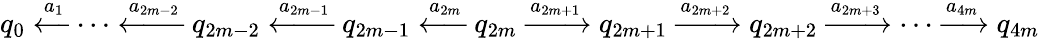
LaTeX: q_{0}\xleftarrow{a_{1}}\cdots\xleftarrow{a_{2m-2}}q_{2m-2}\xleftarrow{a_{2m-1}}q_{2m-1}\xleftarrow{a_{2m}}q_{2m}\xrightarrow{a_{2m+1}}q_{2m+1}\xrightarrow{a_{2m+2}}q_{2m+2}\xrightarrow{a_{2m+3}}\cdots\xrightarrow{a_{4m}}q_{4m}